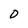
Character: D